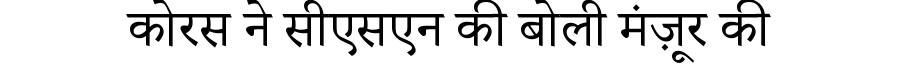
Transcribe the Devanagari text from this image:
कोरस ने सीएसएन की बोली मंज़ूर की